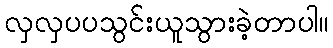
လှလှပပသွင်းယူသွားခဲ့တာပါ။